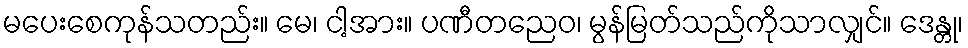
မပေးစေကုန်သတည်း။ မေ၊ ငါ့အား။ ပဏီတညေဝ၊ မွန်မြတ်သည်ကိုသာလျှင်။ ဒေန္တု၊